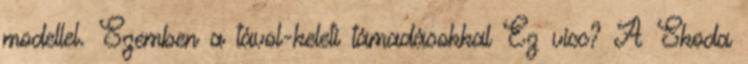
modellel. Szemben a távol-keleti támadásokkal Ez vicc? A Skoda